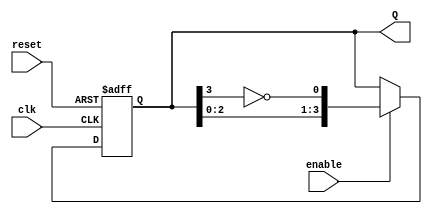
module johnson_counter #(parameter N = 4) (
    input wire clk,         // Clock input
    input wire reset,       // Asynchronous reset
    input wire enable,      // Enable control
    output reg [N-1:0] Q    // Output state of the counter
);

    // Internal signal for the feedback
    wire feedback;

    // Feedback is the inverted output of the last flip-flop
    assign feedback = ~Q[N-1];

    // Sequential logic for the Johnson Counter
    always @(posedge clk or posedge reset) begin
        if (reset) begin
            Q <= 0; // Reset the counter to 0000
        end else if (enable) begin
            // Shift the current state and apply feedback
            Q <= {Q[N-2:0], feedback};
        end
    end

endmodule